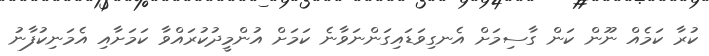
ކުރާ ކަމެއް ނޫން ކަން ގާސިމަށް އެނގިވަޑައިގަންނަވާނެ ކަމަށް އުންމީދުކުރައްވާ ކަމަށާއި އެމަނިކުފާނު